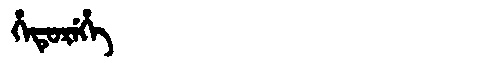
Manchu: ᡥᡝᡨᡠᡵᡝᡥᡝ
Romanization: HETUREHE